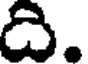
ది.